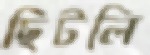
ছিটলি